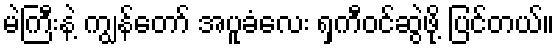
မဲကြီးနဲ့ ကျွန်တော် အပူခံလေး ရှကီဝင်ဆွဲဖို့ ပြင်တယ်။